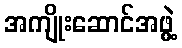
အကျိုးဆောင်အဖွဲ့